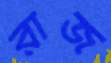
রাজ